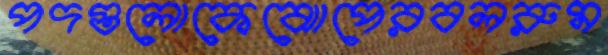
পদগুলোকেঝোপেরবলরুম